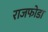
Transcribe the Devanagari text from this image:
राजफोडा